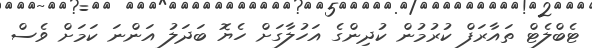
ޓެބްލެޓް ތައާރަފް ކުރުމުން ކުދިންގެ އަހުލާގަށް ހެޔޮ ބަދަލު އަންނަ ކަމަށް ވެސް